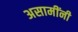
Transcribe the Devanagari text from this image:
असामींनी